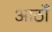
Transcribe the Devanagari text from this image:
आठोँ